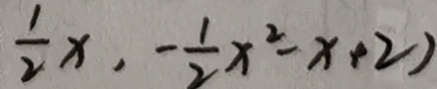
\frac { 1 } { 2 } x , - \frac { 1 } { 2 } x ^ { 2 } - x + 2 )